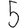
Digit: 5